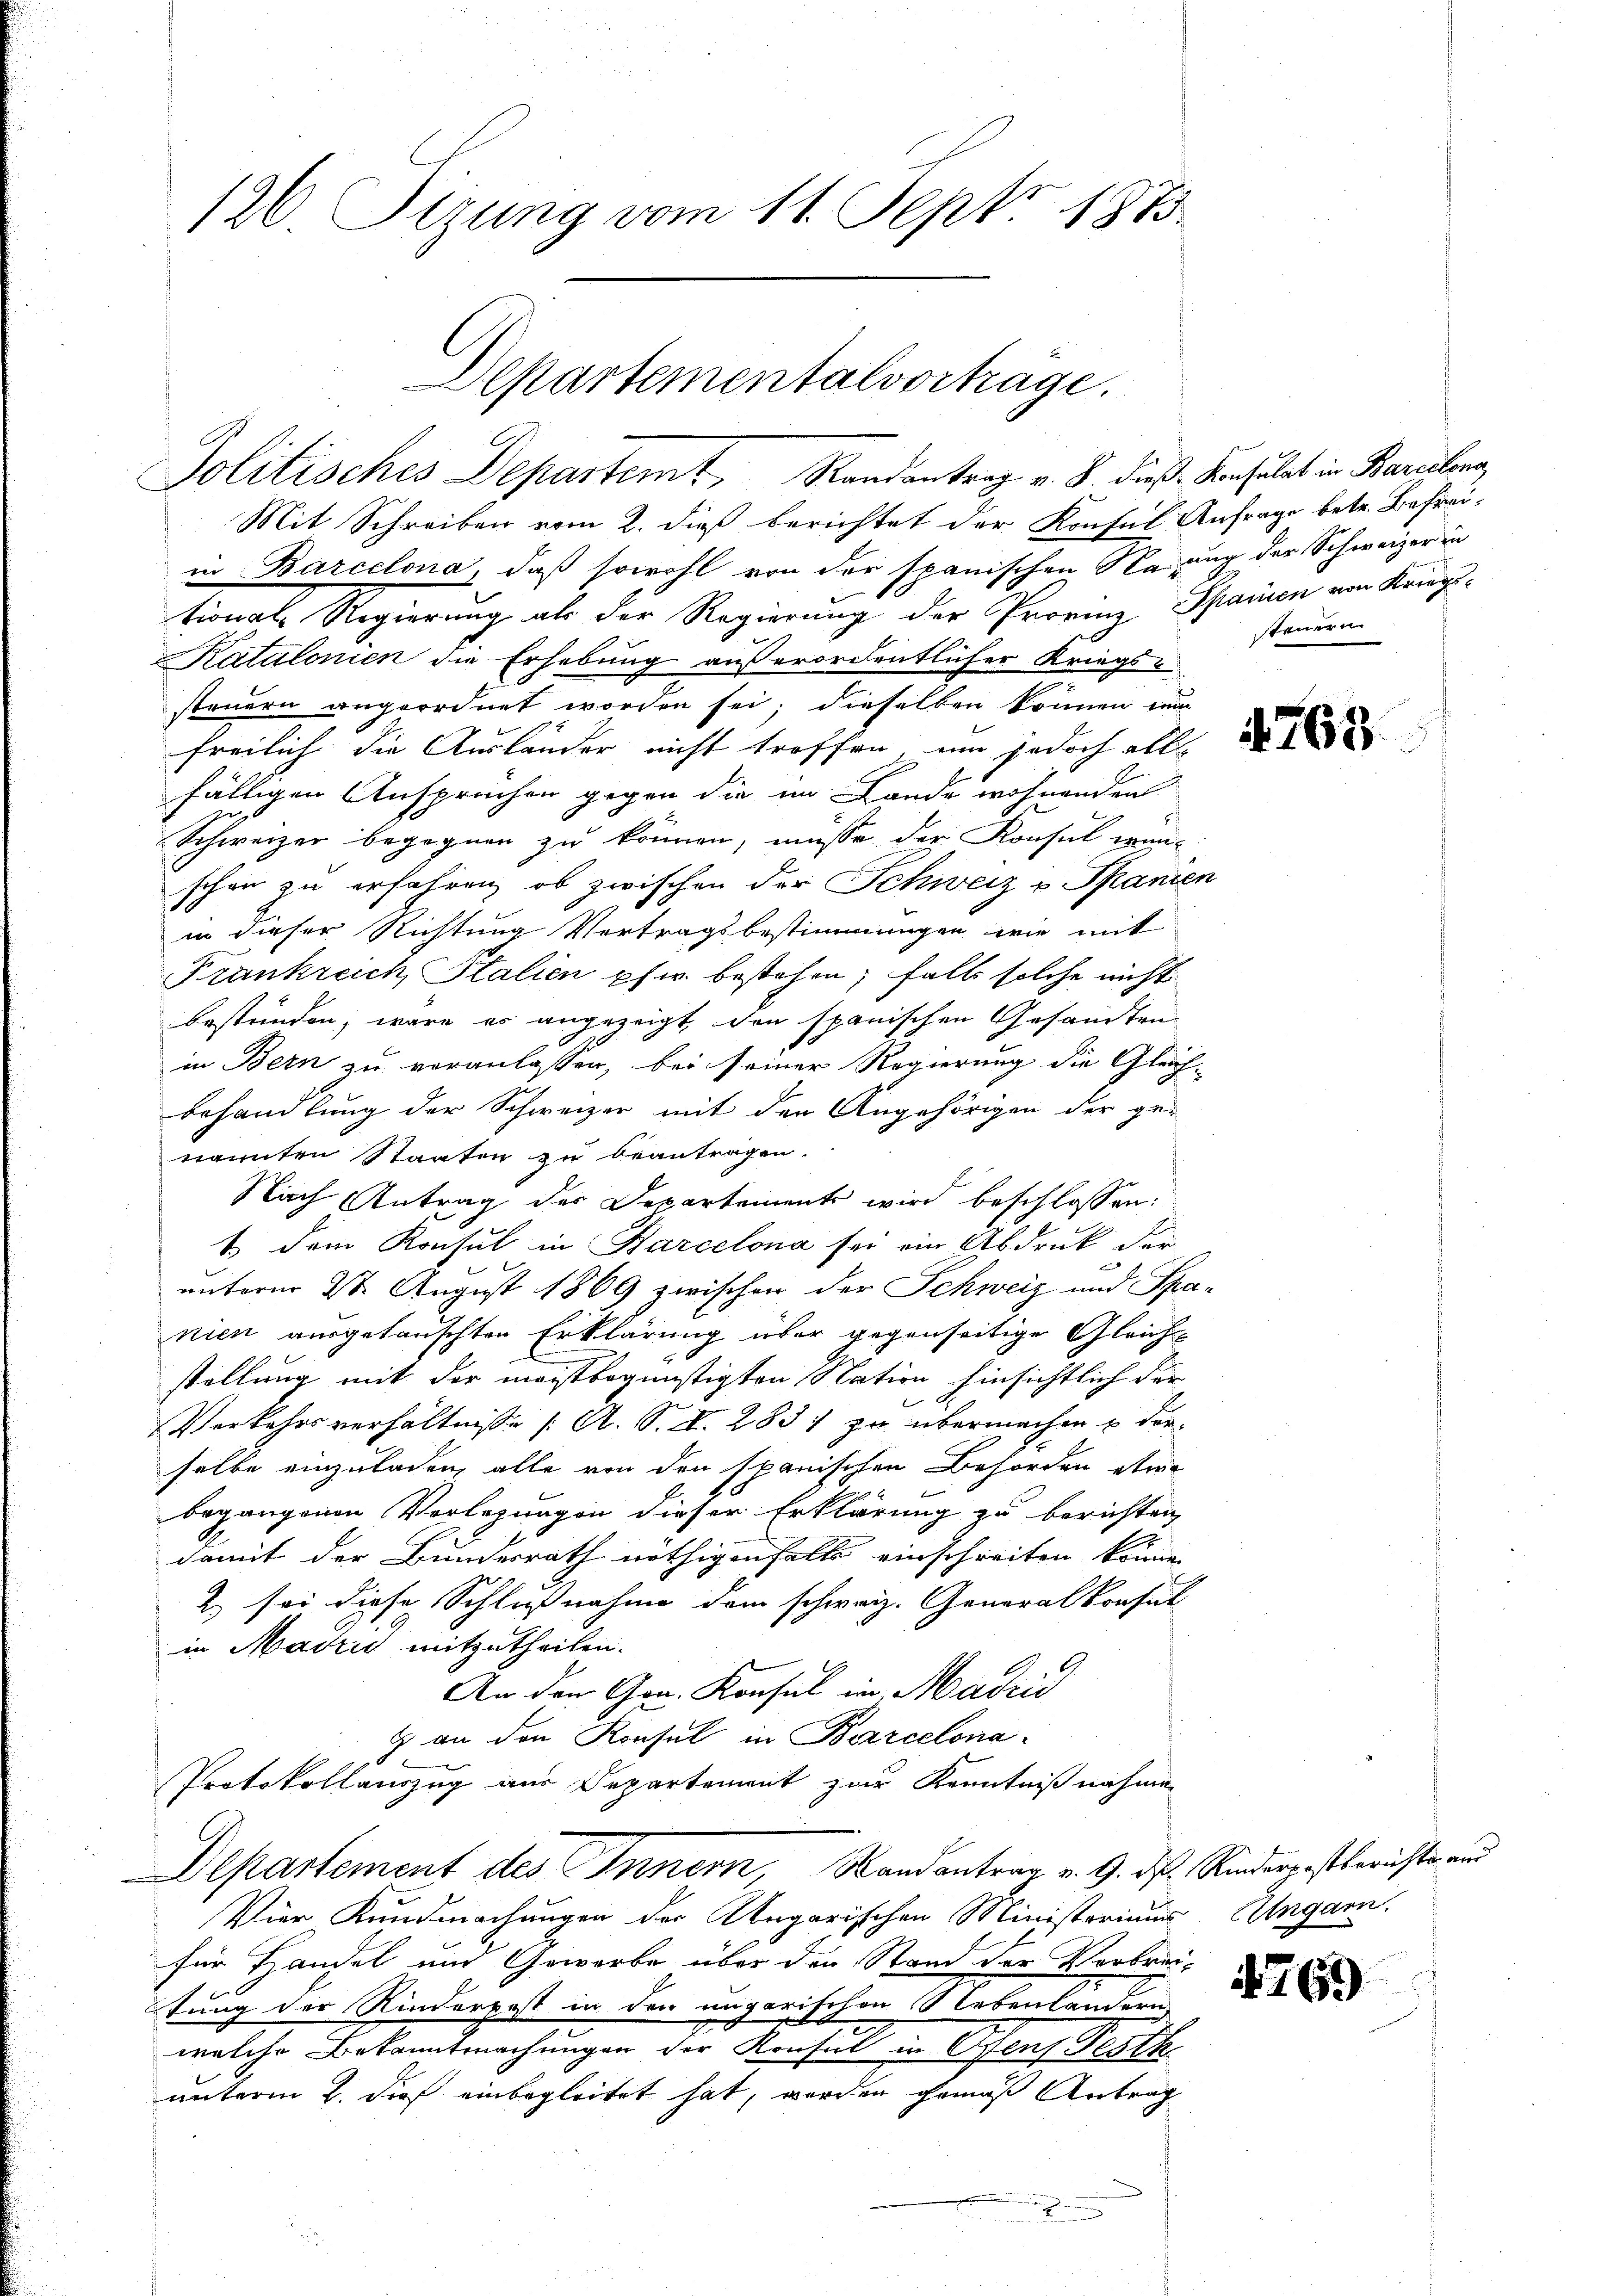
126 Sizung vom 11. Sept. 1873.

Politisches Departemt, Randantrag v. 8. dieß-Konsulat in Barcelena,
Mit Schreiben vom 2. dieß berichtet der Konsul Anfrage betr. Befreiin Barcelona, daß sowohl von der spanischen Neung der Schweizer in
tionale Regierung als der Regierung der Provinz, Spanien von Kanz-
Katalonien die Erhebung außerordentlicher Kriegssteuern angeordnet worden sei; dieselben können ni
freilich die Ausländer nicht troffen, um jedoch all
fälligen Ansprachen gegen die im Lande wohnenden
Schweizer begegnen zu können, müsse der Konsul ein-
schon zu erfahren, ob zwischen der Schweiz v Spanien
in dieser Richtung Vertragsbestimmungen wie mit
Frankreich Italien phwr. bestehen; falls solche nicht
bestrinden, wäre es angezeigt, von spanischen Gesandten
in Bern zu veranlassen, bei seiner Regierung die Gleich-
Behandlung der Schweizer mit den Angehörigen der ge-
nannten Staaten zu beantragen.
Nach Antrag der Departements wird beschlossen:
t dem Konsul in Barcelona sei ein Abdruck der
.
unterm 28. August 1869 zwischen der Schweiz und Spanien ausgetauschten Erklärung über gegenseitige Gleichstellung mit der meistbegünstigten Nation hinsichtlich der
Verkehrsverhältnisse (: A. S. S. 283. zu übermachen u derselbe einzuladen, alle von den spanischen Behörden etwa
begangenen Verlesungen dieser Erklärung zu berichten,
damit der Bundesrath nöthigenfalle einschreiten könne
2) sei diese Schlußnahme dem schweiz. Generalkonsul
in Marzi mitzutheilen.
An den Hrn. Konsul in Madrić
g an den Konsul in Boarcelona¬
Protokollauszug aus Departement zur Kenntnißnahmen
Departement des Innern, Randantrag v. 9. ds. Rinderpostberichts ver
Vier Kundmachungen der Angarischen Ministeriums Eingarn.
für Handel und Geworbe über den Stand der Verbreitung der Kinderpost in den ungarischen Nebenlandern,
welche Bekanntmachungen der Konsul in Ofen Pesth
unterm 2. dieß einbegleitet hat, werden gemäß Antrag

Departementalvorträge.

d

steuern

768

4769